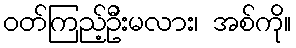
ဝတ်ကြည့်ဦးမလား၊ အစ်ကို။